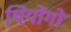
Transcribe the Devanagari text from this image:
थियोंगो